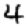
Digit: 4